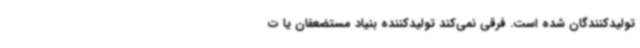
تولیدکنندگان شده است. فرقی نمی‌کند تولیدکننده بنیاد مستضعفان یا ت